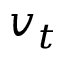
v _ { t }